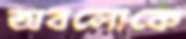
অবলোকে